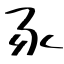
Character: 豕